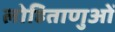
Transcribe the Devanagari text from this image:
लोहिताणुओं